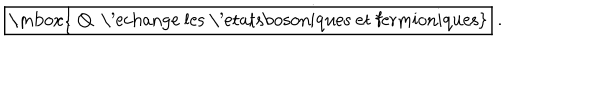
\fbox { \mathrm { ~ Q ~ \ ' e c h a n g e ~ l e s ~ \ ' e t a t s b o s o n i q u e s ~ e t ~ f e r m i o n i q u e s } } \ .